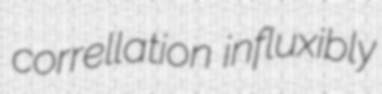
correllation influxibly